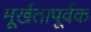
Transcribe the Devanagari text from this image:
मूर्खतापूर्वक